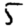
Digit: 5